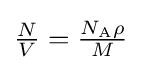
{\tfrac {N}{V}}={\tfrac {N_{\mathrm {A} }\rho }{M}}